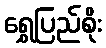
ရွှေပြည်စိုး